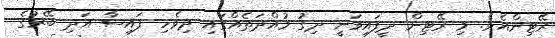
ރޭޓިންއެވެ. މި ރޭޓިން ދީފައިވަނީ ދިގު މުއްދަތެއްގައި ދިވެހި ފައިސާ އަދި ބޭރުގެ